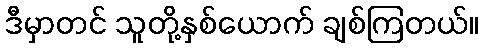
ဒီမှာတင် သူတို့နှစ်ယောက် ချစ်ကြတယ်။